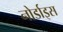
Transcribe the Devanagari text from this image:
नोर्डाइस